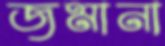
জমানা